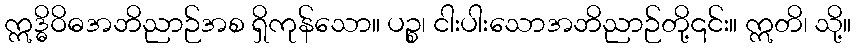
ဣဒ္ဓိဝိဓအဘိညာဉ်အစ ရှိကုန်သော။ ပဉ္စ၊ ငါးပါးသောအဘိညာဉ်တို့၎င်း။ ဣတိ၊ သို့။